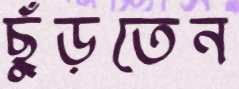
ছুঁড়তেন